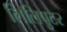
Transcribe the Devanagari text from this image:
लिलिपुटर